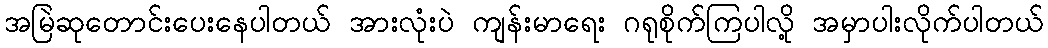
အမြဲဆုတောင်းပေးနေပါတယ် အားလုံးပဲ ကျန်းမာရေး ဂရုစိုက်ကြပါလို့ အမှာပါးလိုက်ပါတယ်